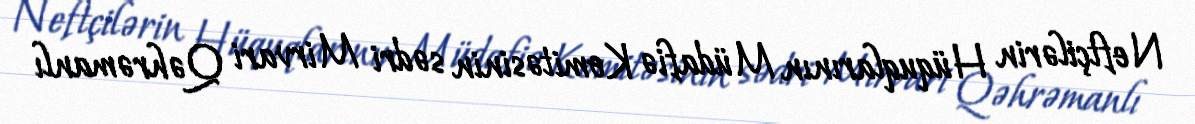
Neftçilərin Hüquqlarının Müdafiə Komitəsinin sədri Mirvari Qəhrəmanlı